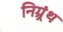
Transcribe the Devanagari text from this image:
निग्र्रंथ